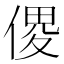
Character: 𠋻